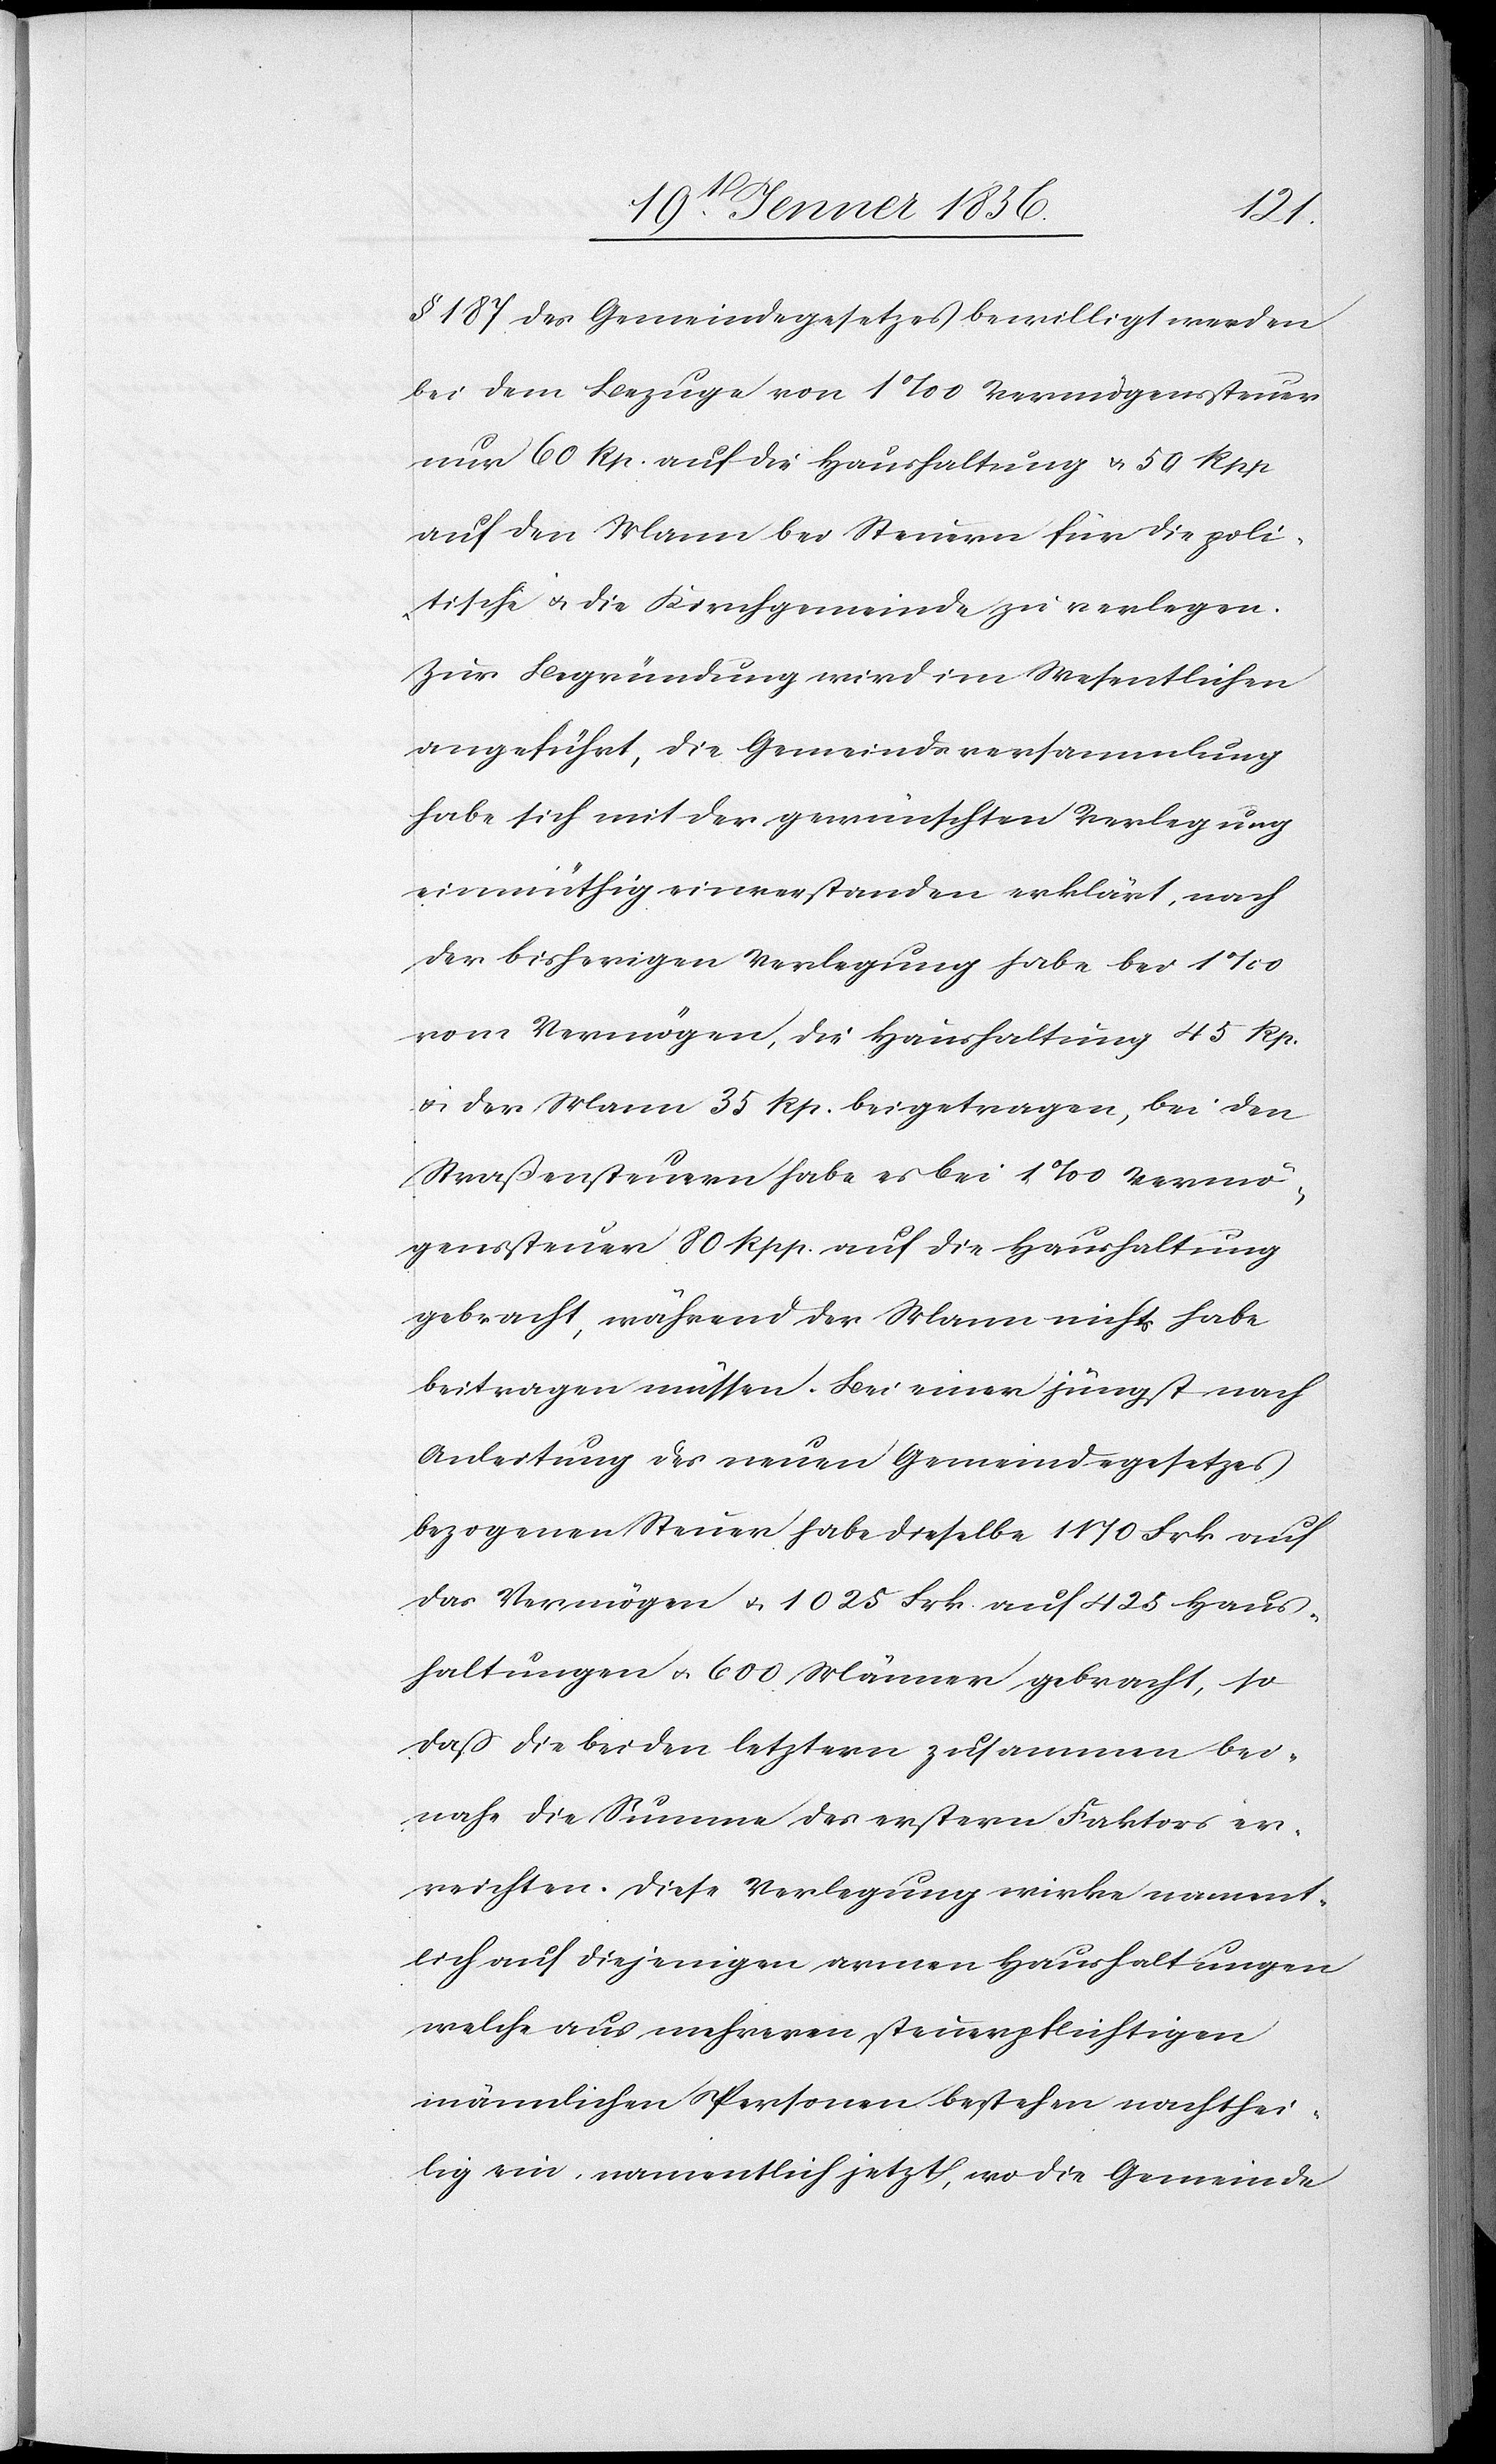
§ 187 des Gemeindegesetzes bewilligt werden
bei dem Bezuge von 1‰ Vermögenssteuer
nur 60 Rp. auf die Haushaltung u. 50 Rpp
auf den Mann bei Steuern für die poli¬
tische u. die Kirchgemeinde zu verlegen.
Zur Begründung wird im Wesentlichen
angeführt, die Gemeindsversammlung
habe sich mit der gewünschten Verlegung
einmüthig einverstanden erklärt, nach
der bisherigen Verlegung habe bei 1‰
vom Vermögen, die Haushaltung 45 Rp.
u. der Mann 35 Rp. beigetragen, bei den
Straßensteuern habe es bei 1‰ Vermö¬
genssteuer 80 Rpp. auf die Haushaltung
gebracht, während der Mann nichts habe
beitragen müssen. Bei einer jüngst nach
Anleitung des neuen Gemeindegesetzes
bezogenen Steuer habe dieselbe 1170 Frk auf
das Vermögen u. 1025 Frk. auf 425 Haus¬
haltungen u. 600 Männer gebracht, so
daß die beiden letztern zusammen bei¬
nahe die Summe des erstern Faktors er¬
reichten. Diese Verlegung wirke nament¬
lich auf diejenigen armen Haushaltungen
welche aus mehreren steuerpflichtigen
männlichen Personen bestehen nachthei¬
lig ein, namentlich jetzt, wo die Gemeinde